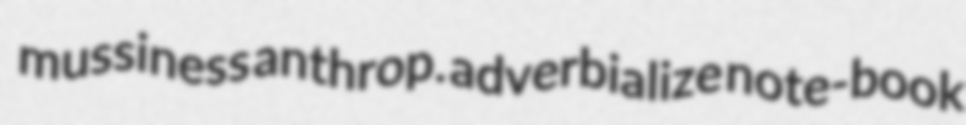
mussiness anthrop. adverbialize note-book